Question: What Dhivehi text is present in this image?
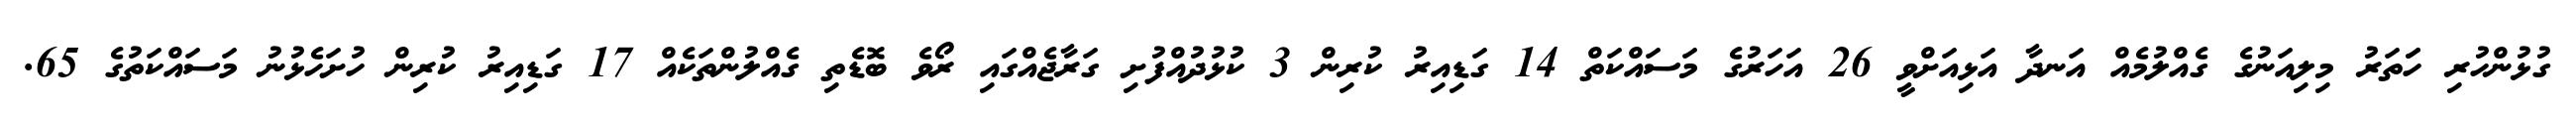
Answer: ގުޅުންހުރި ހަަތަރު މިލިއަނުގެ ގެއްލުމެއް އަނދާ އަޅިއަށްވީ 26 އަހަރުގެ މަސައްކަތް 14 ގަޑިއިރު ކުރިން 3 ކުޅުދުއްފުށި ގަރާޖެއްގައި ރޯވެ ބޮޑެތި ގެއްލުންތަކެއް 17 ގަޑިއިރު ކުރިން ހުށަހެޅުނު މަސައްކަތުގެ 65.